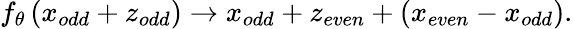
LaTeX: f_{\theta}\left(x_{odd}+z_{odd}\right)\rightarrow x_{odd}+z_{even}+(x_{even}-x_{odd}).